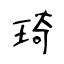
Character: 琦